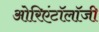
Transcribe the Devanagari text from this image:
ओरिएंटॉलॉजी